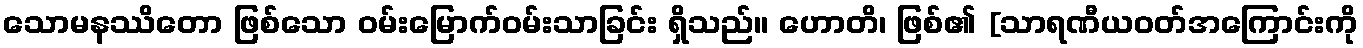
သောမနဿိတော ဖြစ်သော ဝမ်းမြောက်ဝမ်းသာခြင်း ရှိသည်။ ဟောတိ၊ ဖြစ်၏ [သာရဏီယဝတ်အကြောင်းကို